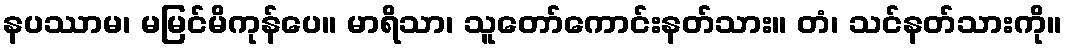
နပဿာမ၊ မမြင်မိကုန်ပေ။ မာရိသာ၊ သူတော်ကောင်းနတ်သား။ တံ၊ သင်နတ်သားကို။